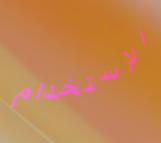
الإستخدام